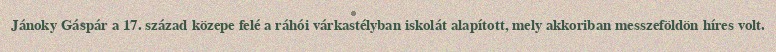
Jánoky Gáspár a 17. század közepe felé a ráhói várkastélyban iskolát alapított, mely akkoriban messzeföldön híres volt.